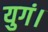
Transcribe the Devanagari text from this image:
युगं।